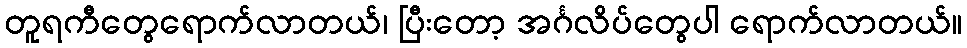
တူရကီတွေရောက်လာတယ်၊ ပြီးတော့ အင်္ဂလိပ်တွေပါ ရောက်လာတယ်။